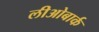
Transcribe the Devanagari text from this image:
लीओबार्क